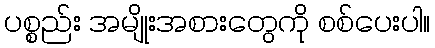
ပစ္စည်း အမျိုးအစားတွေကို စစ်ပေးပါ။